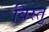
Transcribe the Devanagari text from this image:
विस्तु